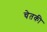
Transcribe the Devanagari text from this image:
चेतकी